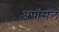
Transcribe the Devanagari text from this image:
अपॉसल